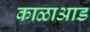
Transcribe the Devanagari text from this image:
काळाआड